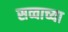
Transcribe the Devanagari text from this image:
सव्वाच्या